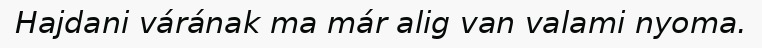
Hajdani várának ma már alig van valami nyoma.